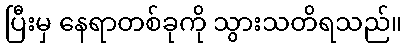
ပြီးမှ နေရာတစ်ခုကို သွားသတိရသည်။